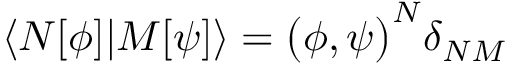
\langle N [ \phi ] | M [ \psi ] \rangle = \bigl ( \phi , \psi \bigr ) ^ { N } \delta _ { N M }